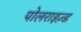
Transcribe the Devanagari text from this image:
पोलराइज़्ड